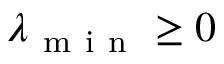
\lambda _ { \mathrm { ~ m ~ i ~ n ~ } } \ge 0